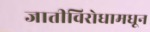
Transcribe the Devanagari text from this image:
जातीविरोधामधून